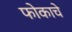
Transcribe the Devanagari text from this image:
फोकाचे